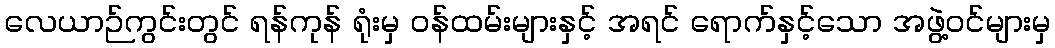
လေယာဉ်ကွင်းတွင် ရန်ကုန် ရုံးမှ ဝန်ထမ်းများနှင့် အရင် ရောက်နှင့်သော အဖွဲ့ဝင်များမှ